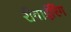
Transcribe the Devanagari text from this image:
रीवाईरिंग